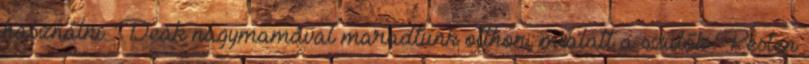
használni. Deák nagymamával maradtunk otthon, mialatt a szülők Pesten